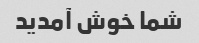
شما خوش آمدید